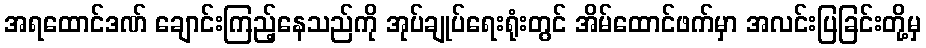
အရထောင်ဒဏ် ချောင်းကြည့်နေသည်ကို အုပ်ချုပ်ရေးရုံးတွင် အိမ်ထောင်ဖက်မှာ အလင်းပြခြင်းတို့မှ